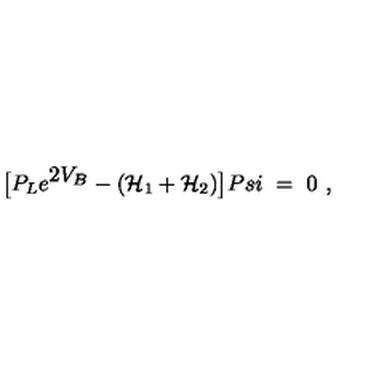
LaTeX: \big [ P _ { L } e ^ { { \displaystyle 2 V _ { B } } } - ( { \cal H } _ { 1 } + { \cal H } _ { 2 } ) \big ] P s i \ = \ 0 \ ,